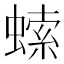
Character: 𧎳